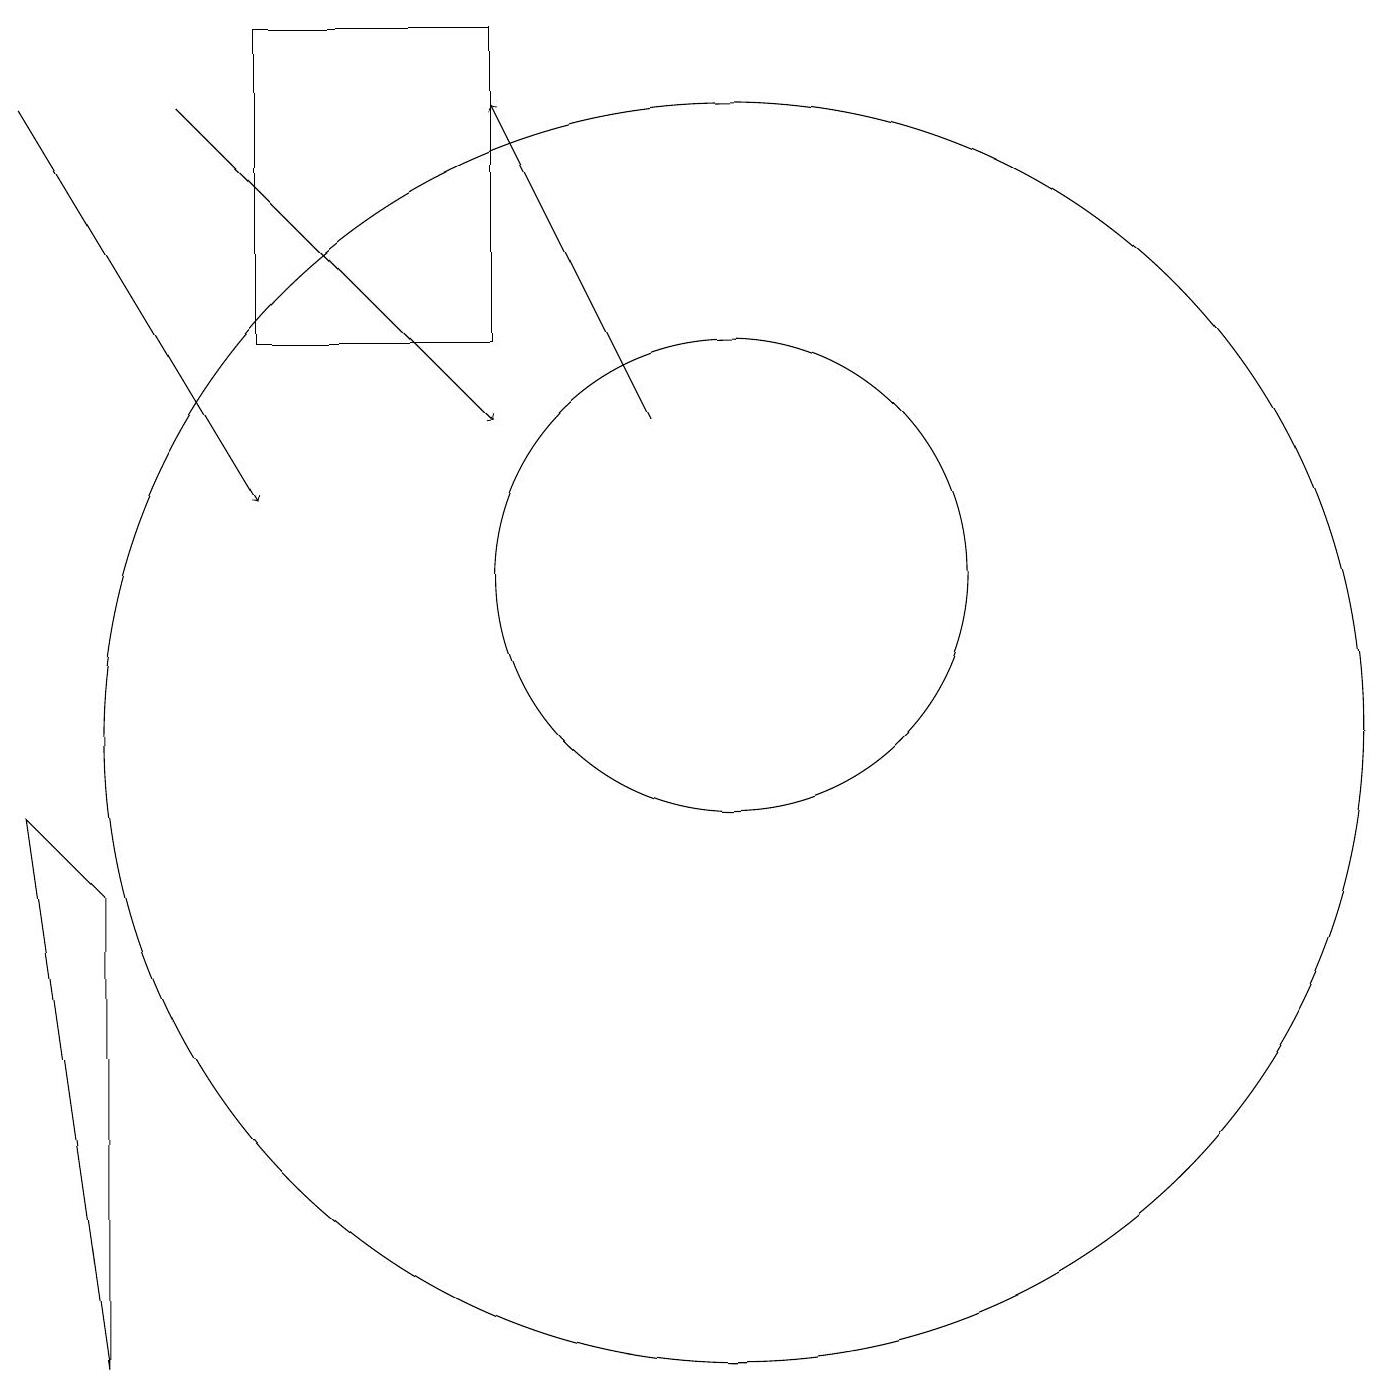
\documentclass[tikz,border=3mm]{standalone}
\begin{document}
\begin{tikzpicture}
\draw[->] (1,18) -- (4,13);
\draw[->] (9,14) -- (7,18);
\draw[->] (3,18) -- (7,14);
\draw (4,19) rectangle (7,15);
\draw (2,2) -- (2,8) -- (1,9) -- cycle;
\draw (10,12) circle (3);
\draw (10,10) circle (8);
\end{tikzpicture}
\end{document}